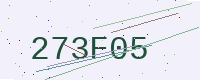
Text: 273F05